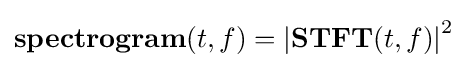
\mathbf {spectrogram} (t,f)=\left|\mathbf {STFT} (t,f)\right|^{2}